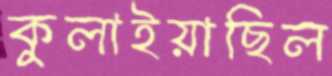
কুলাইয়াছিল